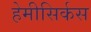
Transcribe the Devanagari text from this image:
हेमीसिर्कस